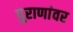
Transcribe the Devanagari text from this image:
पुराणांवर